Scottish Leaving Certificate Examination, 1955
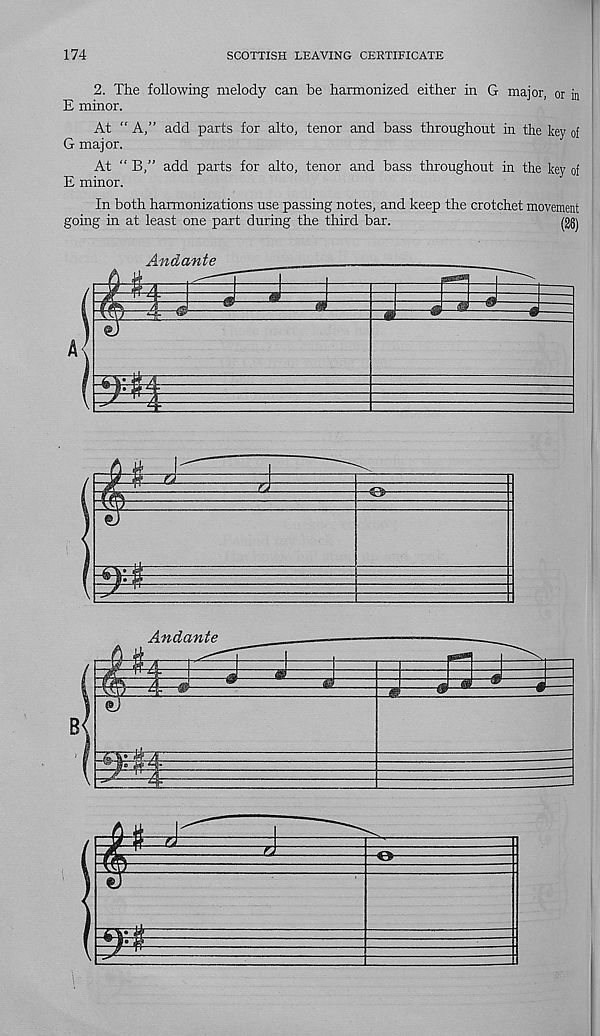
174
SCOTTISH LEAVING CERTIFICATE
2. The following melody can be harmonized either in G major, or in
E minor.
At “ A,” add parts for alto, tenor and bass throughout in the key of
G major.
At “ B,” add parts for alto, tenor and bass throughout in the key of
E minor.
In both harmonizations use passing notes, and keep the crotchet movement
going in at least one part during the third bar.
m\
Andante
-m
A<
i# 3
za
Andante
4=^